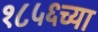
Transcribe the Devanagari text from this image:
१८५६च्या